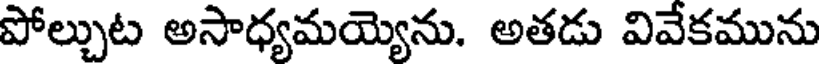
పోల్చుట అసాధ్యమయ్యెను. అతడు వివేకమును